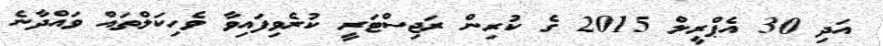
އަދި 30 އެޕްރީލް 2015 ގެ ކުރިން ރަޖިސްޓަރީ ކުރެވިފައިވާ ވެހިކަލްތައް ވައްދާނެ